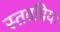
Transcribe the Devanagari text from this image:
स्तवप्रियः